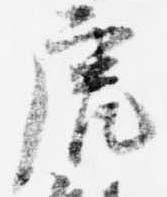
虎